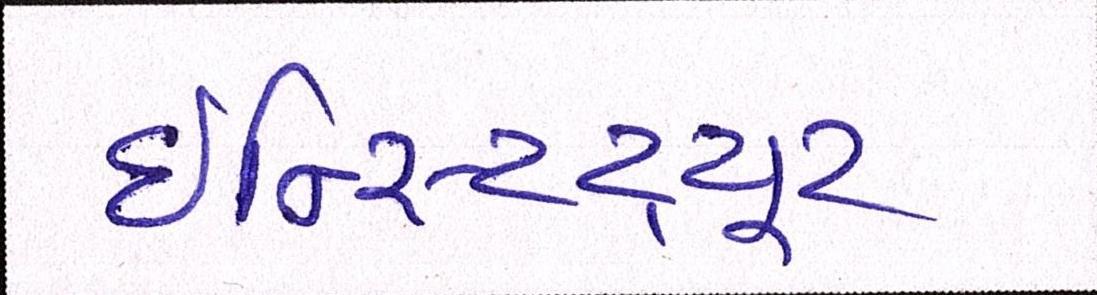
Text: ઇન્સ્ટિટ્યૂટ